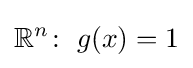
\mathbb {R} ^{n}\!:\ g(x)=1